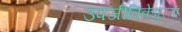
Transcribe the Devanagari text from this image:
उपजीविकेपुरता